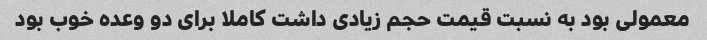
معمولی بود به نسبت قیمت حجم زیادی داشت کاملا برای دو وعده خوب بود